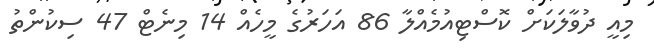
މިއީ ދުވާލަކަށް ކޮސްޓިއުމެއްލާ 86 އަހަރުގެ މީހެއް 14 މިނެޓް 47 ސިކުންތު